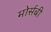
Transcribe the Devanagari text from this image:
मोर्सबी